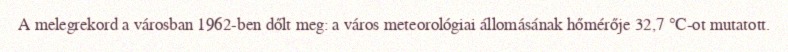
A melegrekord a városban 1962-ben dőlt meg: a város meteorológiai állomásának hőmérője 32,7 °C-ot mutatott.